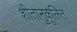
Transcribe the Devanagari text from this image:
शीतानुकूलित